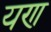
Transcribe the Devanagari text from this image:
यण